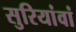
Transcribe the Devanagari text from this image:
सुरियांवां